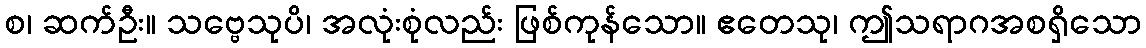
စ၊ ဆက်ဦး။ သဗ္ဗေသုပိ၊ အလုံးစုံလည်း ဖြစ်ကုန်သော။ ဧတေသု၊ ဤသရာဂအစရှိသော